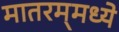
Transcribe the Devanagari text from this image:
मातरम्‌मध्ये